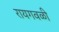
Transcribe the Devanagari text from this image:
रायगवळी